Annual administration report of the Bombay Presidency - 1887-1892
Year: 1887
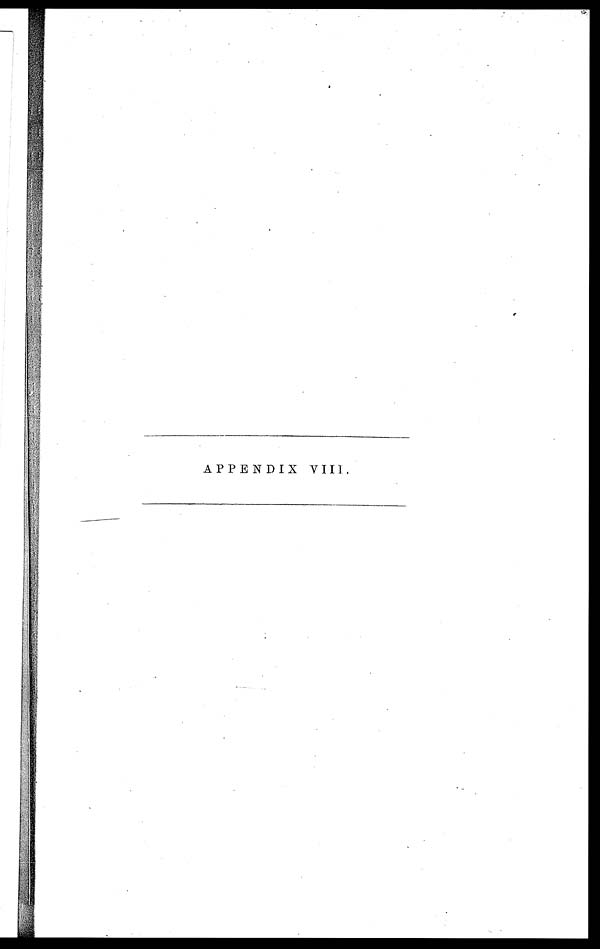
APPENDIX VIII.